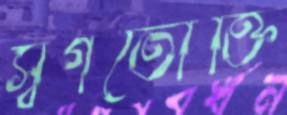
স্বগতোক্তি